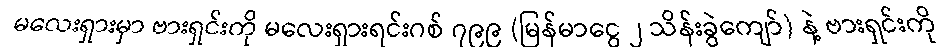
မလေးရှားမှာ ဗားရှင်းကို မလေးရှားရင်းဂစ် ၇၉၉ (မြန်မာငွေ ၂ သိန်းခွဲကျော်) နဲ့ ဗားရှင်းကို